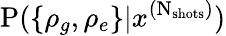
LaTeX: \mathrm P(\{ \rho_{g},\rho_{e}\} |x^{(\mathrm N_{\mathrm{shots}})})